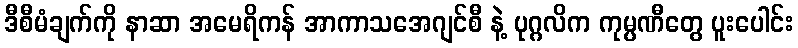
ဒီစီမံချက်ကို နာဆာ အမေရိကန် အာကာသအေဂျင်စီ နဲ့ ပုဂ္ဂလိက ကုမ္ပဏီတွေ ပူးပေါင်း